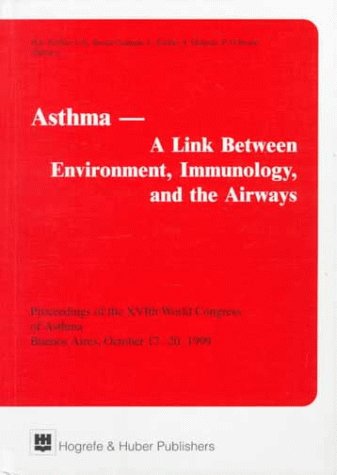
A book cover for Asthma - A Link Between Environment, Immunology, and the Airways: Proceedings of the XVIth World Congress of Asthma, Buenos Aires, October 17-20, 1999; Health, Fitness & Dieting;